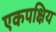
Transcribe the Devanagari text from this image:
एकपक्षिय